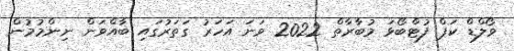
ވޯލްޑް ކަޕް ފުޓްބޯޅަ މުބާރާތް 2022 ވަނަ އަހަރު ގަތަރުގައި ބާއްވަން ނިންމުމުން